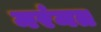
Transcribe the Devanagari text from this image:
मरंमत